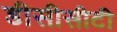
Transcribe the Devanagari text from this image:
डीसीसीटी